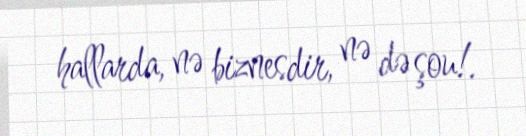
hallarda, nə biznesdir, nə də şou!.